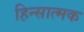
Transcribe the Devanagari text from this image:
हिन्सात्मक